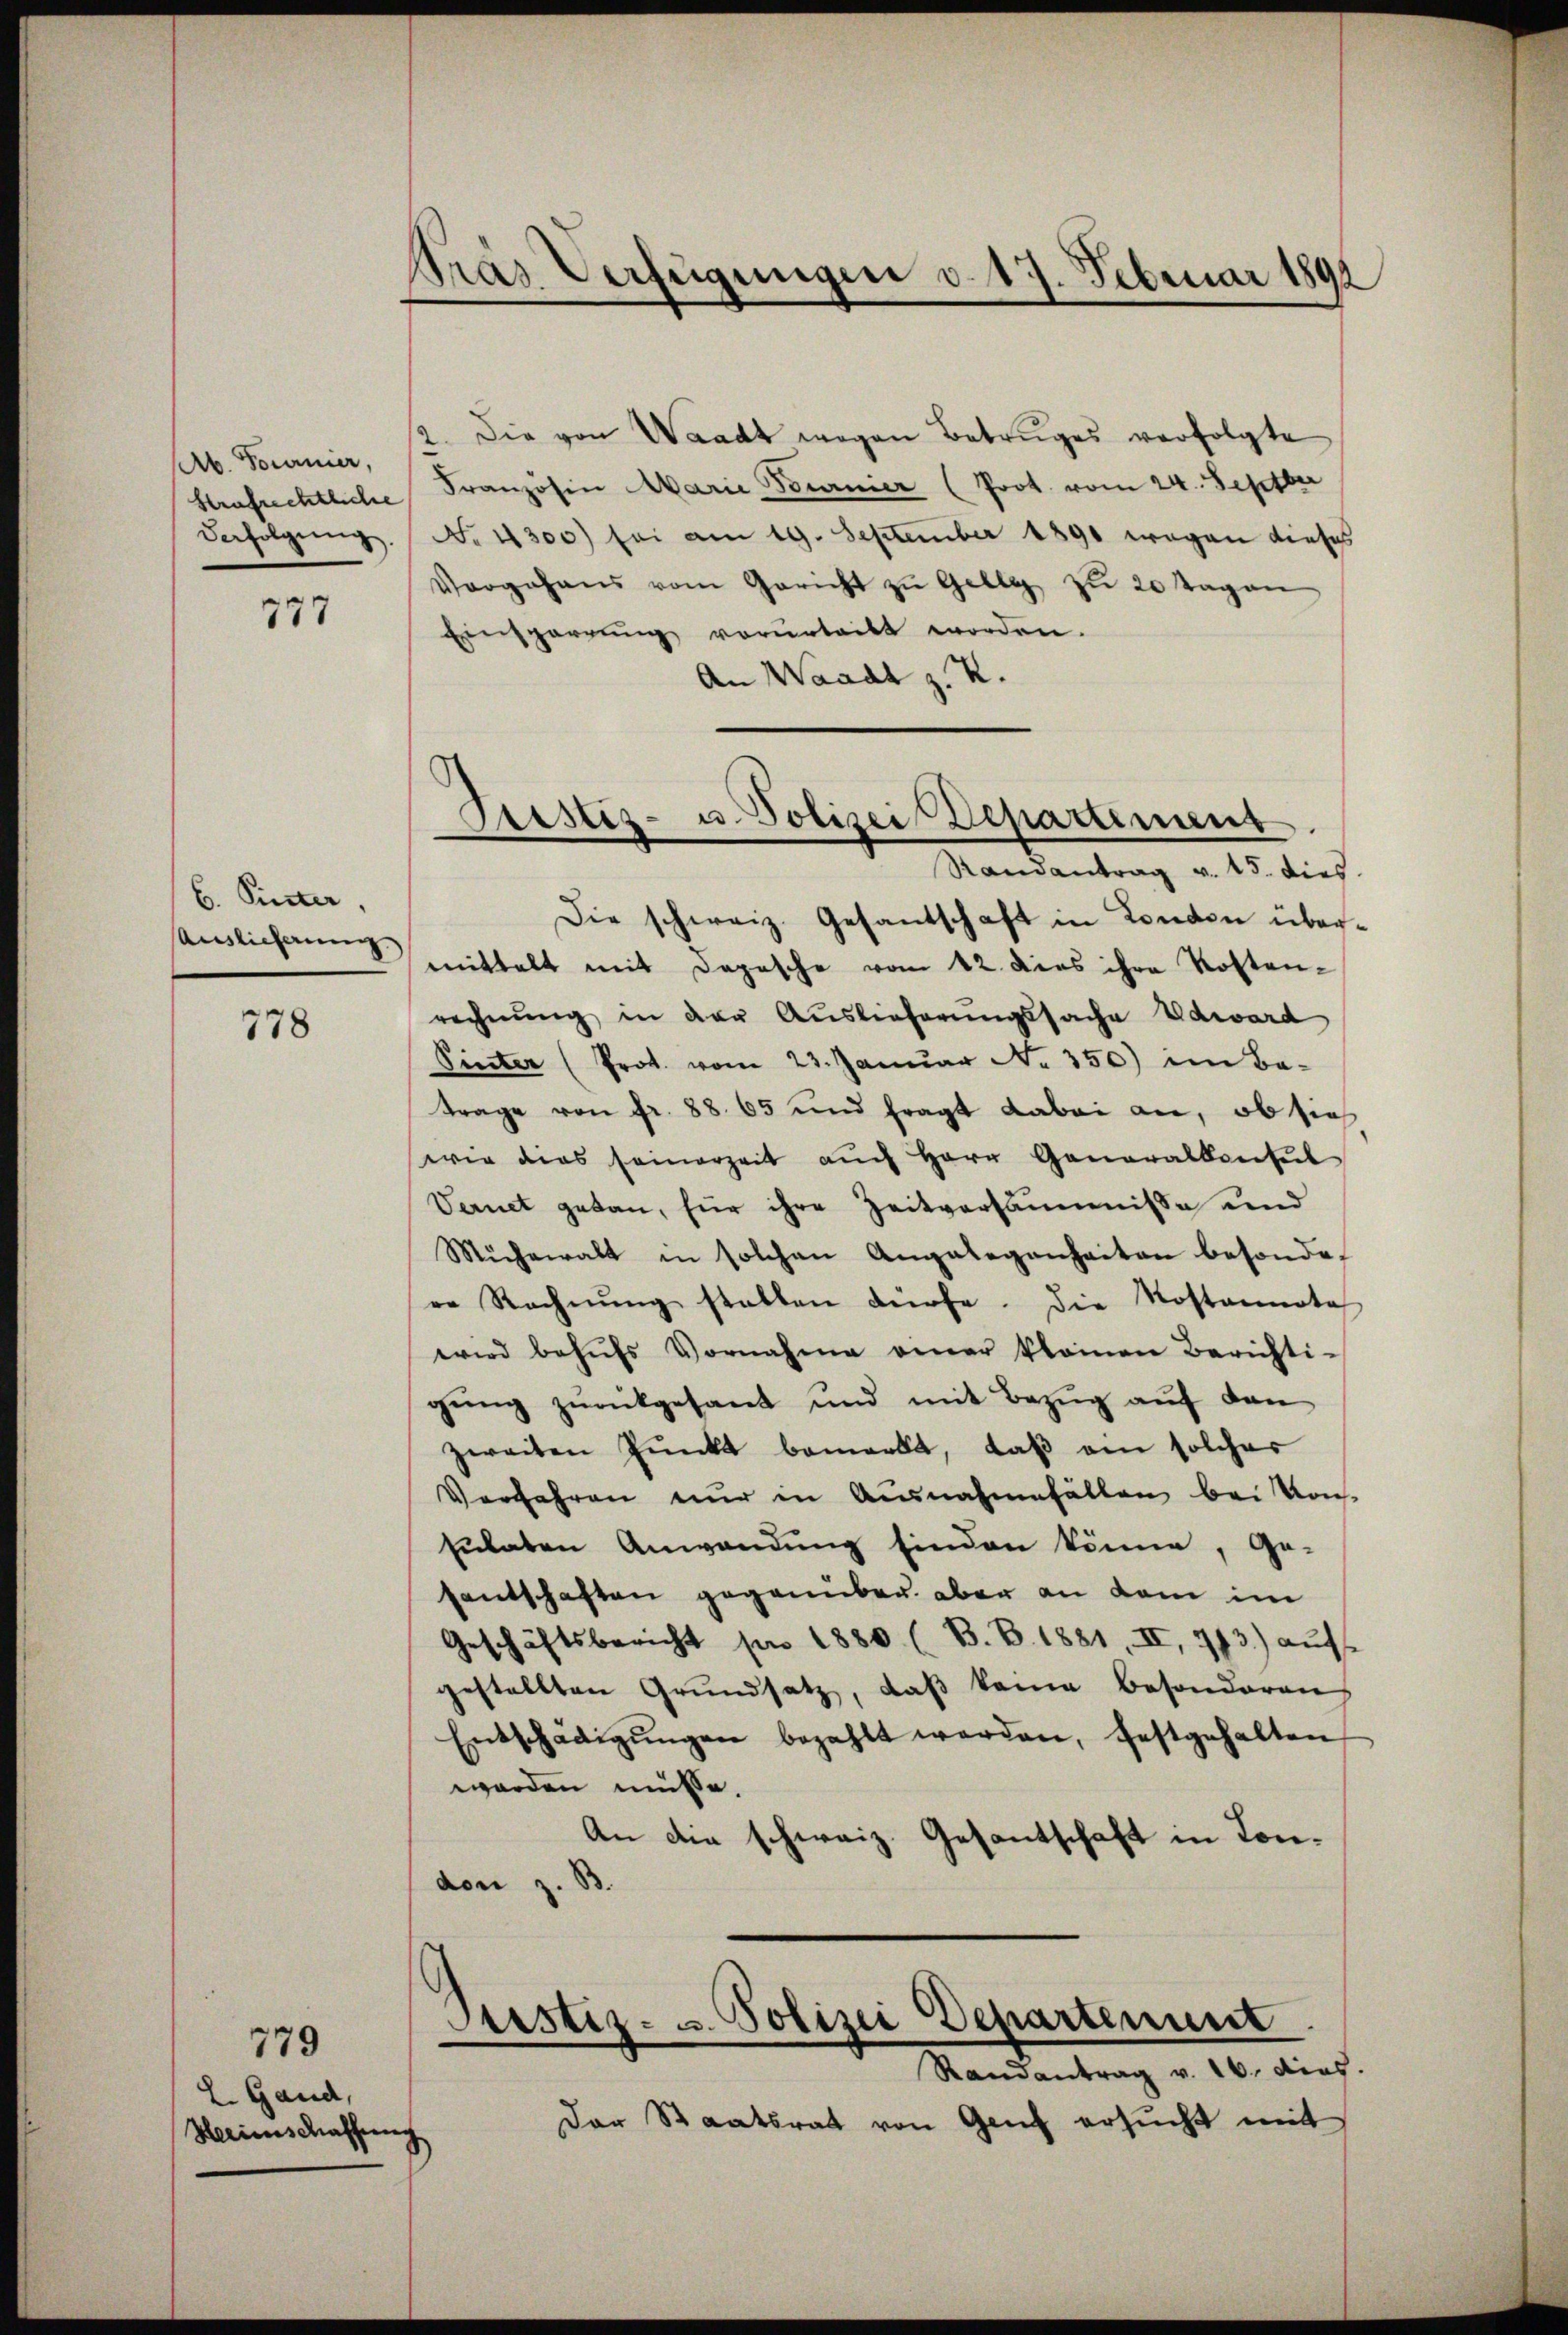
b. Tournier,
Strafrechtliche
derfolgŭng.

777

6. Sinter,
Auslieferung

778

779
L. Gand,
Herinschaffung

Stras Verfügungen d. 17. Februar 1891

Prestiz- u. Polizei Departement

2. Die von Waadt wegen Betruges verfolgte
Französin Marie Tournier (Prot. vom 24. Septbr
No. 4300) sei am 19. September 1890 wegen dieses
Vorgehens vom Gericht zŭ Gelle zu 20 Tagen
Einsperrung vorurteilt worden.
An Waadt z. Z.
Randantrag v. 15. dies
Die schweiz. Gesantschaft in London übermittelt mit Depesche vom 12. dies ihre Kosten-
rechnung in der Auslieferungssache Edward
Pinter (Prot. vom 23. Januar No. 350) im Be-
trage von fr. 88. 65 und fragt dabei an, ob sich
wie dies seinerzeit aŭch Herr Generalkonsel
Vernet getan, für ihre Zeitversäumnisse und
Mühewalt in solchen Angelegenheiten besondere Rechnŭng statten dürfe. Die Kostennota
wird behufs Vornahme einer klainen Berichti-
gŭng zŭrückgesant und mit Bezŭg aŭf den
zweiten Pŭnkt bemerkt, daβ ein solcher
Verfahren nur in Ausnahmefällen bei Kons
sulaten Anwendung finden könne, ge-
santschaften gegenüber aber an dem im
Geschäftsbericht pro 1880 (B. B. 1881, II, 773.) aŭf
gestellten Grundsatz, daß kann besonderen
Entschädigŭngen bezahlt werden, festgehalten
worden müsse.
An die schweiz. Gesantschaft in Condon z. B.

Prustiz- u. Polizei Departenunt
Randantrag v. 16. dies

Der Staatsrat von Genf ersŭcht mit